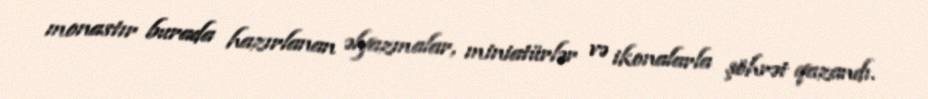
monastır burada hazırlanan əlyazmalar, miniatürlər və ikonalarla şöhrət qazandı.